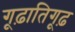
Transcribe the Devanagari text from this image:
गूढ़ातिगूढ़